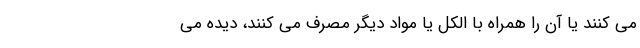
می کنند یا آن را همراه با الکل یا مواد دیگر مصرف می کنند، دیده می